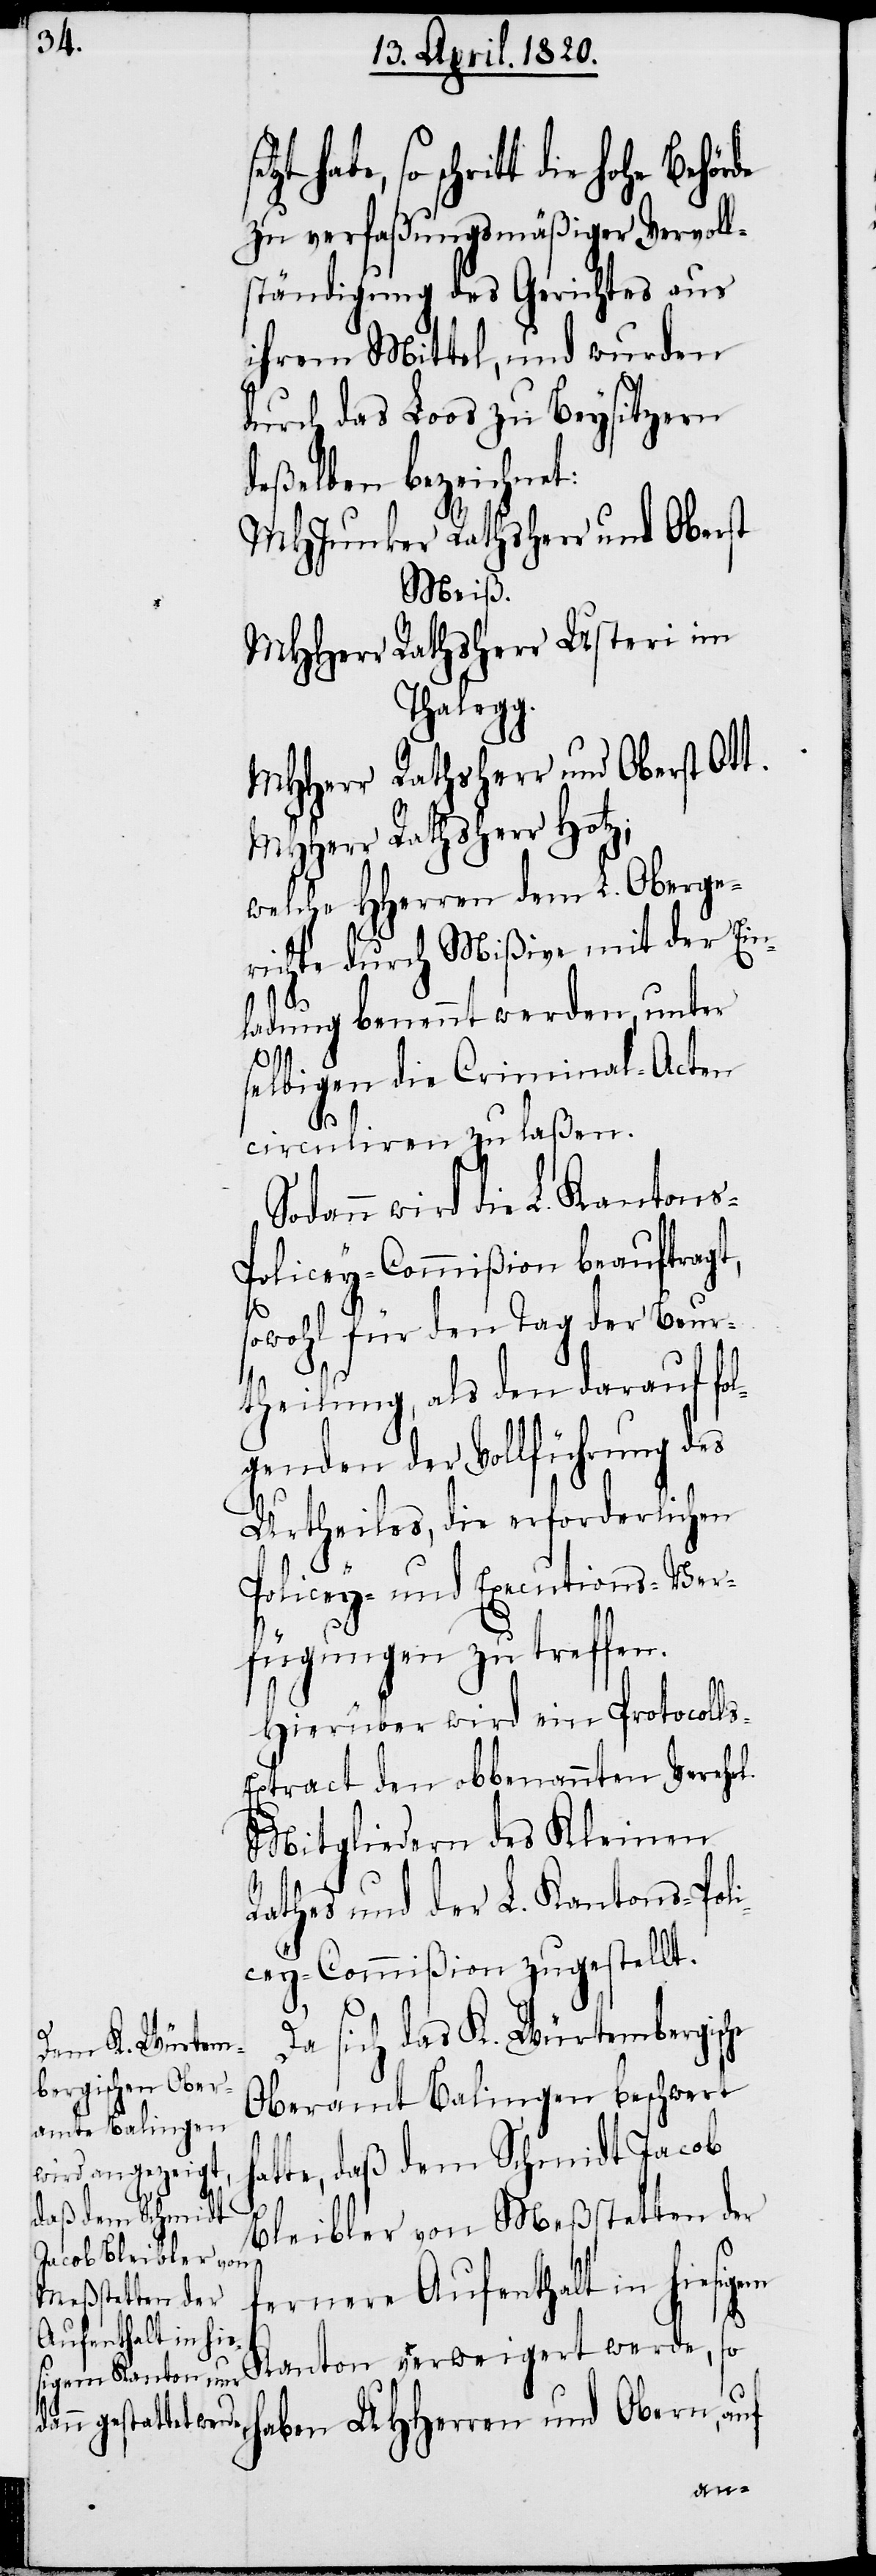
tt die Hohe Behörde
zu verfaßungsmäßiger Vervoll¬
ständigung des Gerichtes aus
ihrem Mittel, und wurden
durch das Loos zu Beysitzern
deßelben bezeichnet:
MHJunker Rathsherr und Oberst
Weiß.
MHHerr Rathsherr Usteri im
Thalegg.
MHHerr Rathsherr und Oberst Ott.
MHHerr Rathsherr Hotz;
welche HHerren dem L. Oberge¬
richte durch Mißive mit der Ein¬
h¬
ladung benannt werden, unter
s-E¬
elbigen die Criminal-Acten
circuliren zu laßen.
Sodann wird die L. Kantons-P¬
olicey-Commißion beauftragt,
sowohl für den Tag der Beur¬
theilung, als den darauf fo¬
lgenden der Vollführung des
Urtheiles, die erforderlichen
Policey- und Executions-Ver¬
fügungen zu treffen.
Hierüber wird ein Protocoll¬
xtract den obbenannten Verehel.
Mitgliedern des Kleinen
Rathes und der L. Kantons-Pol¬
icey-Commißion zugestellt.
Da sich das K. Würtembergisc¬
Oberamt Balingen beschwert
atte, daß dem Schmidt Jacob
Bleibler von Meßstetten der
fernere Aufenthalt in hiesigem
Kanton verweigert werde, so
aben UHHerren und Obern, auf